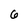
Character: 6